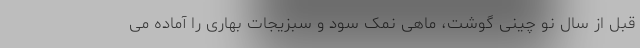
قبل از سال نو چینی گوشت، ماهی نمک سود و سبزیجات بهاری را آماده می